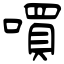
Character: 嘪